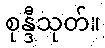
စုန္ဒီသုတ်။